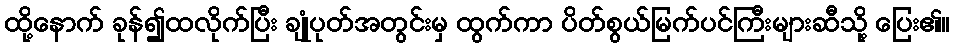
ထို့နောက် ခုန်၍ထလိုက်ပြီး ချုံပုတ်အတွင်းမှ ထွက်ကာ ပိတ်စွယ်မြက်ပင်ကြီးများဆီသို့ ပြေး၏။